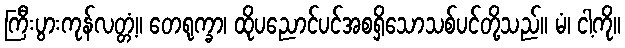
ကြီးပွားကုန်လတ္တံ့။ တေရုက္ခာ၊ ထိုပညောင်ပင်အစရှိသောသစ်ပင်တို့သည်။ မံ၊ ငါ့ကို။